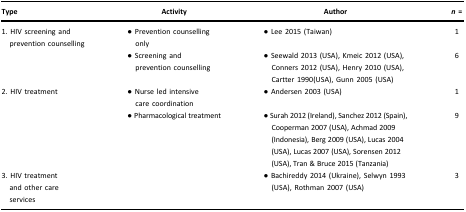
<table><thead><tr><td><b>Type</b></td><td><b>Activity</b></td><td><b>Author</b></td><td><b><i>n</i> = </b></td></tr></thead><tbody><tr><td rowspan="2">1. HIV screening andprevention counselling</td><td>● Prevention counselling only</td><td>● Lee 2015 (Taiwan)</td><td>1</td></tr><tr><td>● Screening andprevention counselling</td><td>● Seewald 2013 (USA), Kmeic 2012 (USA), Conners 2012 (USA), Henry 2010 (USA), Cartter 1990(USA), Gunn 2005 (USA)</td><td>6</td></tr><tr><td rowspan="2">2. HIV treatment</td><td>● Nurse led intensivecare coordination</td><td>● Andersen 2003 (USA)</td><td>1</td></tr><tr><td>● Pharmacological treatment</td><td>● Surah 2012 (Ireland), Sanchez 2012 (Spain), Cooperman 2007 (USA), Achmad 2009 (Indonesia), Berg 2009 (USA), Lucas 2004 (USA), Lucas 2007 (USA), Sorensen 2012 (USA), Tran &amp; Bruce 2015 (Tanzania)</td><td>9</td></tr><tr><td>3. HIV treatmentand other care services</td><td> </td><td>● Bachireddy 2014 (Ukraine), Selwyn 1993 (USA), Rothman 2007 (USA)</td><td>3</td></tr></tbody></table>